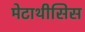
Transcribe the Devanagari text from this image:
मेटाथीसिस